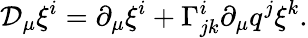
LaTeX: {\cal D}_{\mu}\xi^{i}=\partial_{\mu}\xi^{i}+\Gamma_{jk}^{i}\partial_{\mu}q^{j}\xi^{k}.